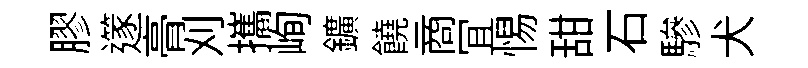
膠𨗹𮌔刈攜峋鑛饒商冝惕甜石驂犬